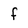
Character: f